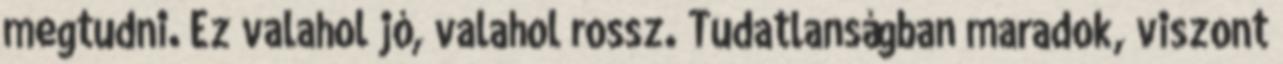
megtudni. Ez valahol jó, valahol rossz. Tudatlanságban maradok, viszont